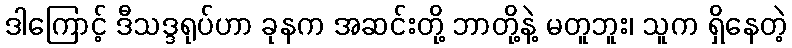
ဒါကြောင့် ဒီသဒ္ဒရုပ်ဟာ ခုနက အဆင်းတို့ ဘာတို့နဲ့ မတူဘူး၊ သူက ရှိနေတဲ့